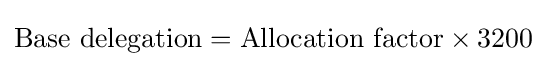
{\text{Base delegation}}={\text{Allocation factor}}\times 3200